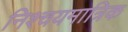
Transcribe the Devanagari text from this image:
निश्चयमात्रिक